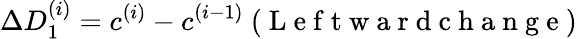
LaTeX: \Delta D_{1}^{(i)}=c^{(i)}-c^{(i-1)}\mathrm{~(~L~e~f~t~w~a~r~d~c~h~a~n~g~e~)~}